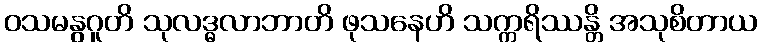
ဝသမနွဂူတိ သုလဒ္ဓလာဘာတိ ဖုသနေဟိ သက္ကရိဿန္တိ အသုစိတာယ